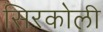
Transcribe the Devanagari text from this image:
सिरकोली